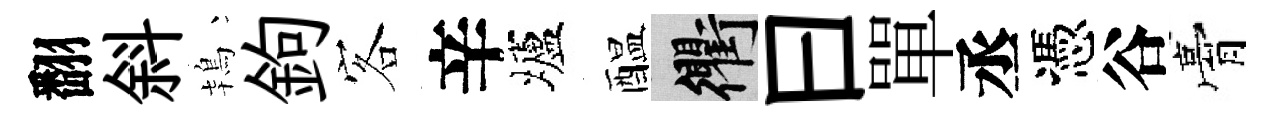
翻斜鴇鉤客辛壚醖衢曰單丞憑谷膏